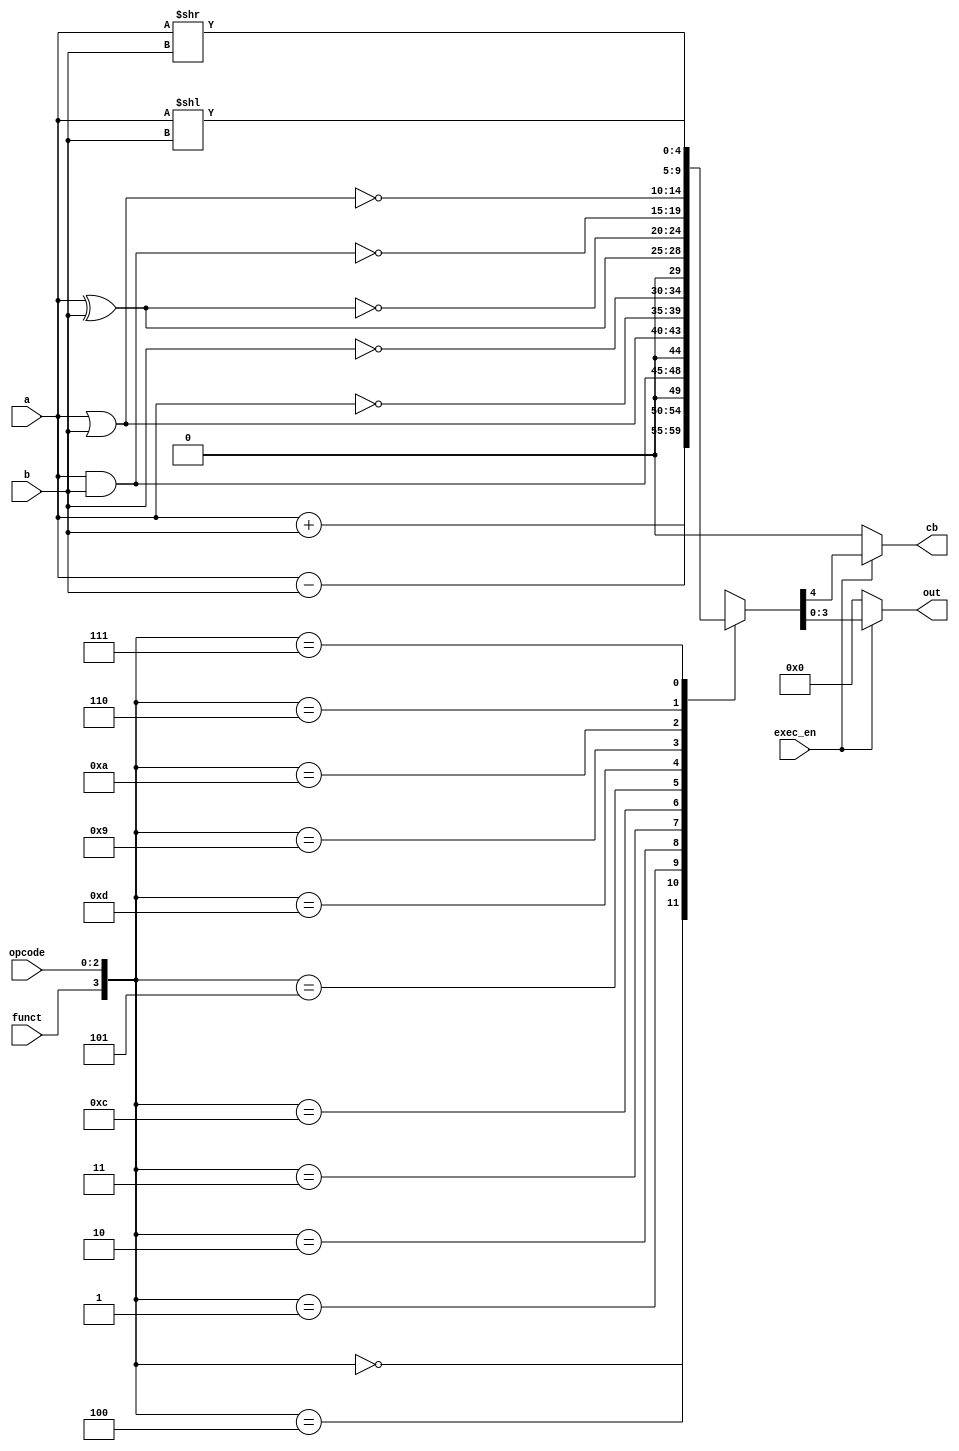
module alu #(parameter BIT_LENGTH = 4)(
    input [BIT_LENGTH-1:0] a,
    input [BIT_LENGTH-1:0] b,
    input [2:0] opcode,
    input funct,
    input exec_en,
    output reg [BIT_LENGTH-1:0] out,
    output reg cb
);

    always @* begin
        case ({funct, opcode})
            {1'b0, 3'b000}: {cb, out} = a + b;      // ADD
            {1'b0, 3'b100}: {cb, out} = a - b;      // SUBTRACT
            {1'b0, 3'b001}: {cb, out} = a & b;      // AND
            {1'b0, 3'b010}: {cb, out} = a | b;      // OR
            {1'b0, 3'b011}: {cb, out} = ~a;         // NOT A
            {1'b1, 3'b100}: {cb, out} = ~b;         // NOT B
            {1'b0, 3'b101}: {cb, out} = a ^ b;      // XOR
            {1'b1, 3'b101}: {cb, out} = ~(a ^ b);   // NOR
            {1'b1, 3'b001}: {cb, out} = ~(a & b);   // NAND
            {1'b1, 3'b010}: {cb, out} = ~(a | b);   // NOR
            {1'b0, 3'b110}: {cb, out} = a << b;     // SHIFT LEFT
            {1'b0, 3'b111}: {cb, out} = a >> b;     // SHIFT RIGHT
            default: {cb, out} = 'bx;               // Unspecified
        endcase

        if (!exec_en)
            {cb, out} = 'b0; 
    end

endmodule